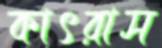
কাৎরাস